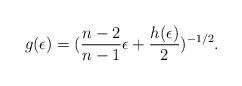
LaTeX: \begin{align*}g(\epsilon)=(\frac{n-2}{n-1}\epsilon+\frac{h(\epsilon)}{2})^{-1/2}.\end{align*}